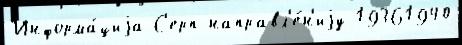
Информа́циjа С'ерп направл'е́н'иjу 19361940